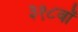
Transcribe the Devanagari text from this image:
३१८वॉ